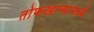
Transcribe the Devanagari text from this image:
तोफखान्यामध्ये